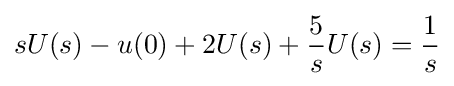
sU(s)-u(0)+2U(s)+{\frac {5}{s}}U(s)={\frac {1}{s}}